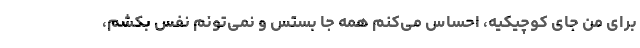
برای من جای کوچیکیه، احساس می‌کنم همه جا بستس و نمی‌تونم نفس بکشم،